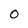
Character: 0